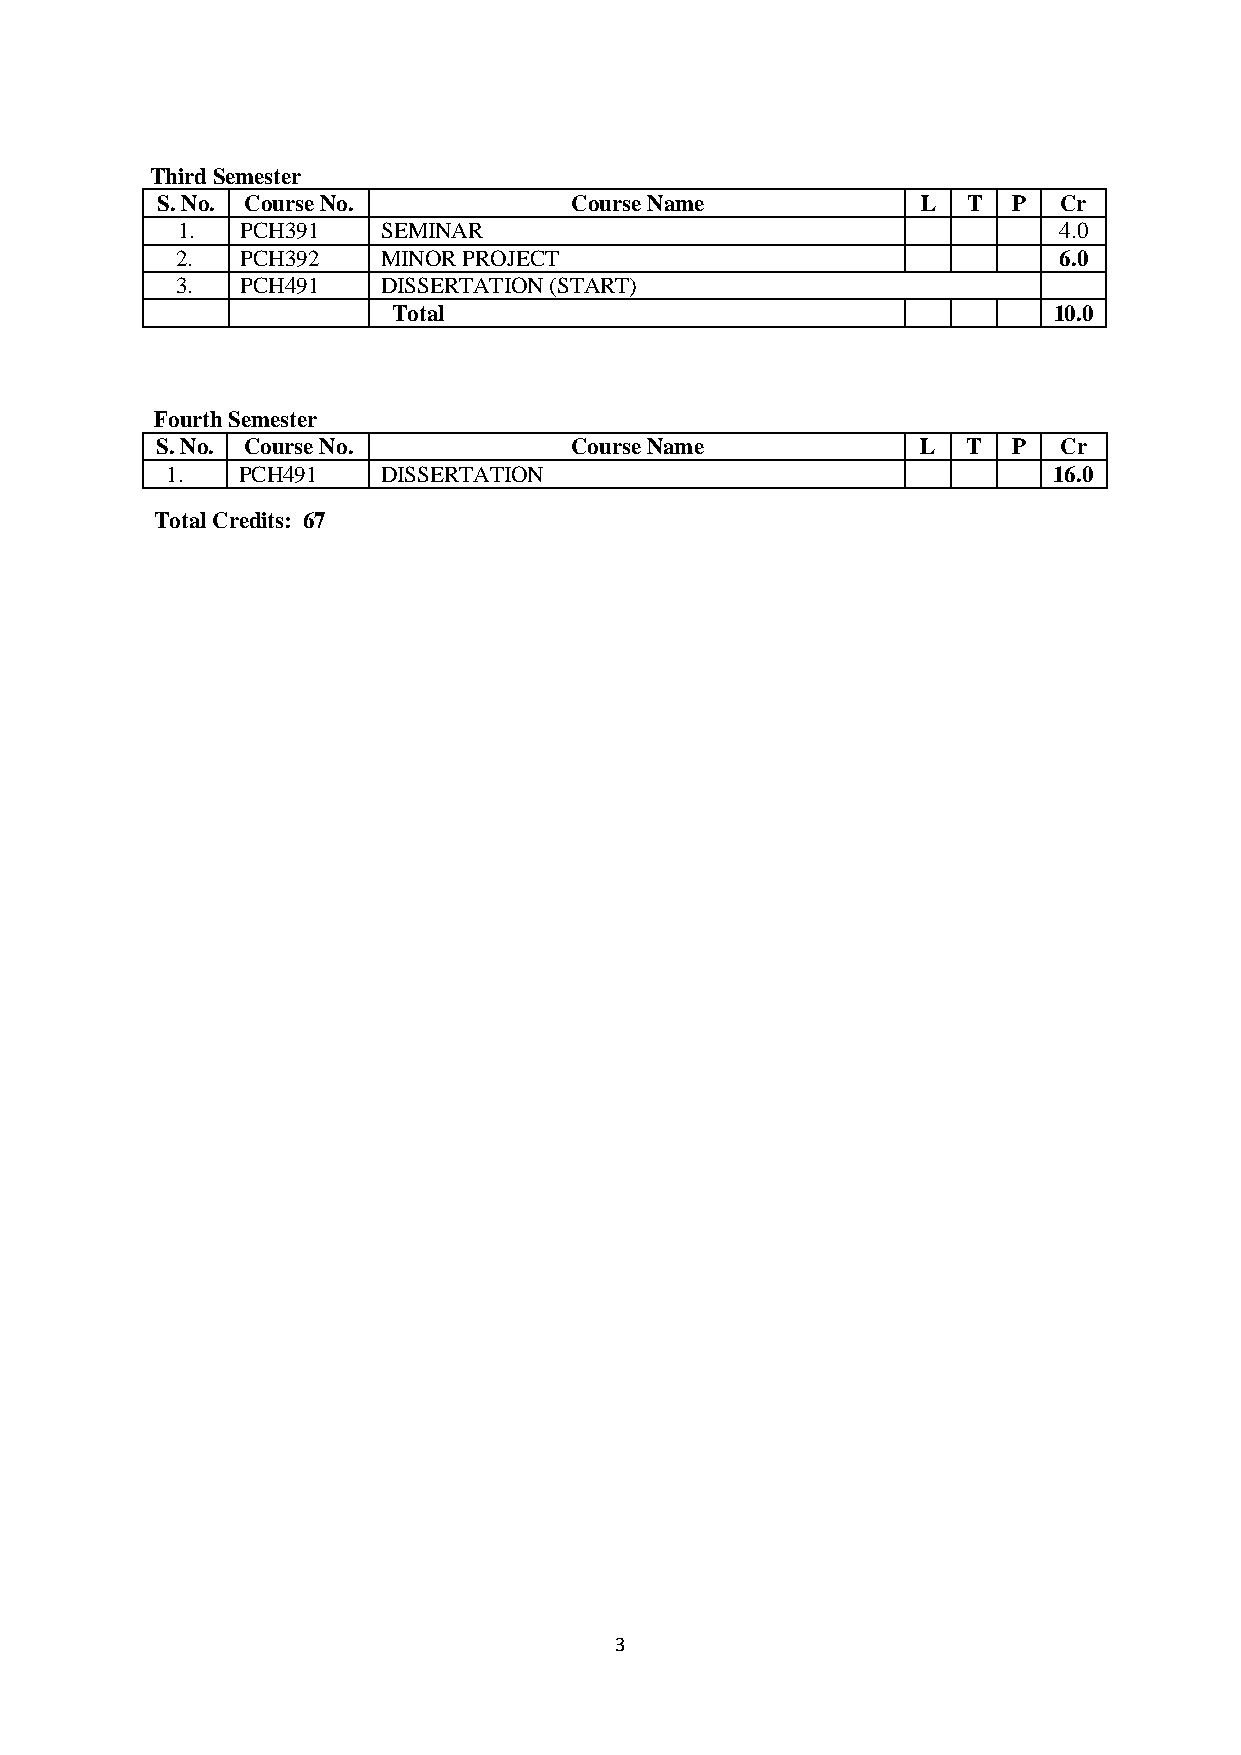
Third Semester
 S. No. Course No.           Course Name            L  T  P  Cr
 1.  PCH391   SEMINAR                                      4.0
 2.  PCH392   MINOR PROJECT                                6.0
 3.  PCH491   DISSERTATION (START)
 Total                                       10.0
 Fourth Semester
 S. No. Course No.           Course Name            L  T  P  Cr
 1.   PCH491   DISSERTATION                                 16.0
 Total Credits: 67
 3